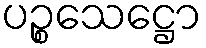
ပဉ္စသေဋ္ဌော